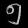
Digit: ၅